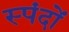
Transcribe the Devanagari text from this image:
स्‍पंदों